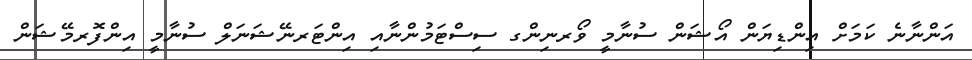
އަންނާނެ ކަމަށް އިންޑިޔަން އޯޝަން ސުނާމީ ވޯރނިންގ ސިސްޓަމުންނާއި އިންޓަރނޭޝަނަލް ސުނާމީ އިންފޮރމޭޝަން